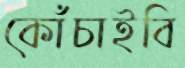
কোঁচাইবি